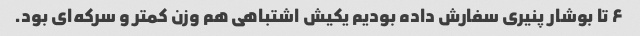
۶ تا بوشار پنیری سفارش داده بودیم یکیش اشتباهی هم وزن کمتر و سرکه‌ای بود.